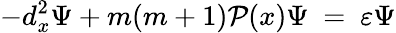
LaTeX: -d_{x}^{2}\Psi+m(m+1){\cal P}(x)\Psi\ =\ \varepsilon\Psi